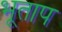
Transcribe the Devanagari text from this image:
भूताप